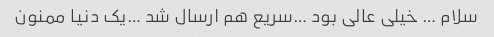
سلام … خیلی عالی بود …سریع هم‌ ارسال شد …یک دنیا ممنون